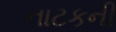
નાટકની